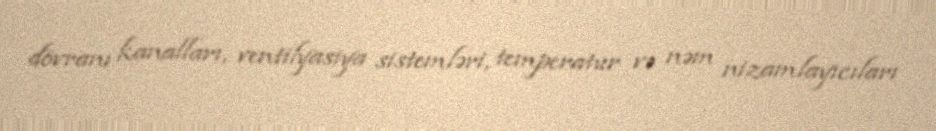
dövranı kanalları, ventilyasiya sistemləri, temperatur və nəm nizamlayıcıları